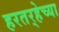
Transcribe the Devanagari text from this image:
हरतर्‍हेच्या